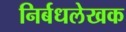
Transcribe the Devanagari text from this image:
निर्बधलेखक